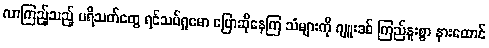
လာကြည့်သည့် ပရိသတ်တွေ ရင်သပ်ရှုမော ပြောဆိုနေကြ သံများကို ဂျူးဒစ် ကြည်နူးစွာ နားထောင်